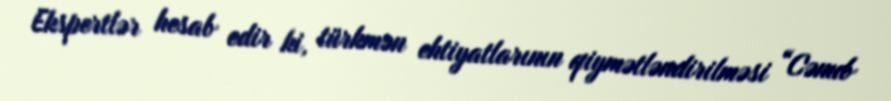
Ekspertlər hesab edir ki, türkmən ehtiyatlarının qiymətləndirilməsi “Cənub